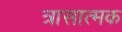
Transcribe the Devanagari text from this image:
त्रासात्मक